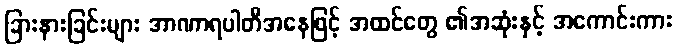
ခြားနားခြင်းများ အာဏာရပါတီအနေဖြင့် အထင်တွေ ၏အဆုံးနှင့် အကောင်းကား